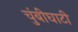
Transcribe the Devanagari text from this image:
चुंबीघाटी